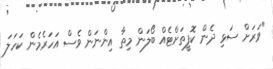
"ވަރަށް ސަޅި ދެން ކޮފީތަށްޓެއް ބޯލަން މިތާ އިންނަން ވެސް އަހަރެމެން ކަހަލަ